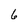
Character: 6